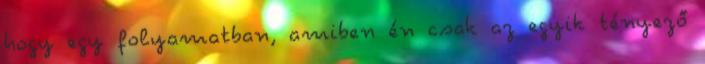
hogy egy folyamatban, amiben én csak az egyik tényező